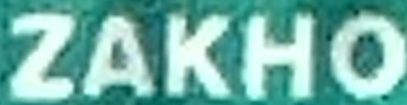
ZAKHO